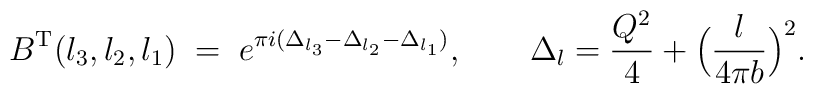
B^{\rm T}(l_3,l_2,l_1)\;=\;e^{\pi i(\Delta_{l_3}-\Delta_{l_2}-\Delta_{l_1})},\qquad \Delta_l=\frac{Q^2}{4}+\Bigl(\frac{l}{4\pi b}\Bigr)^2.